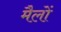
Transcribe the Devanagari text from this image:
मैलों